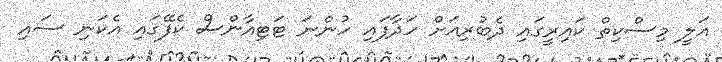
އަލީ މިސްކިތް ކައިރީގައި ދެބުރިއަށް ހަދާފައި ހުންނަ ޓަޓިއާންސް ކެފޭގައި އެކަނި ސައި